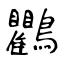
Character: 鸜